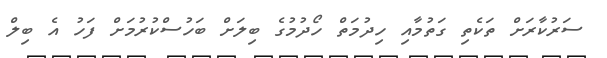
ސަރުކާރަށް ތަކެތި ގަތުމާއި ހިދުމަތް ހޯދުމުގެ ބިލަށް ބަހުސްކުރުމަށް ފަހު އެ ބިލް